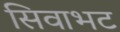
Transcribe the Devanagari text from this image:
सिवाभट